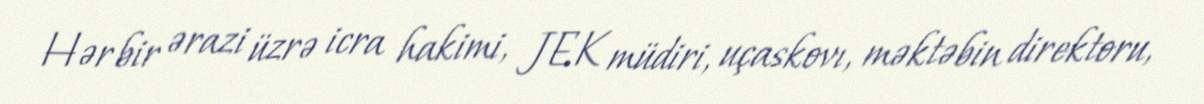
Hər bir ərazi üzrə icra hakimi, JEK müdiri, uçaskovı, məktəbin direktoru,